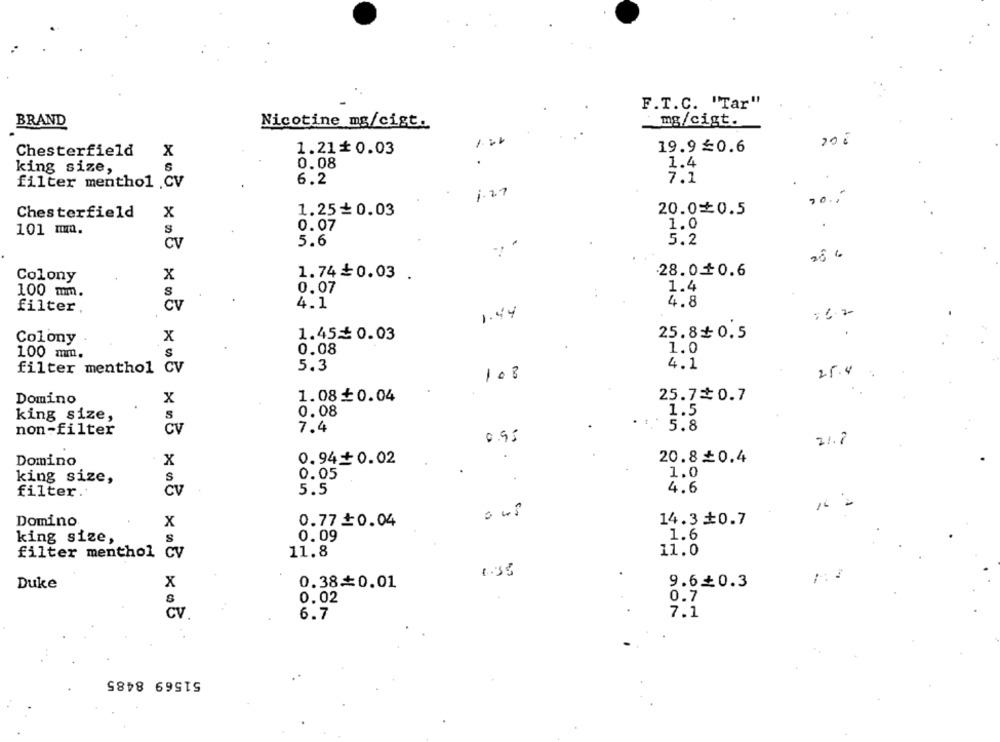
F.T.C. "Tar"
BRAND
Nicotine mg/cist.
mg/cigt.
19.9≤0.6
Chesterfield
X
1.21$0.03
0.08
1.4
king size,
filter menthol .CV
6.2
7.1
1.27
70 .-
Chesterfield
x
1.25+0.03
20.0±0.5
101 mm.
S
0.07
1.0
5.6
.. .
5.2
CV
28 6
28.00.6
Colony
x
1.74₺0.03 .
0,07
1.4
100 mm.
S
4.1
4.8
filter,
CV
1.44
Colony
x
1.45≤ 0.03
25.8+0.5
1.0
100 mm.
0.08
filter menthol CV
5.3
4.1
25.4
108
Domino
X
1.08₺0.04
25.72 0.7
0.08
1.5
king size,
S
non-filter
7.4
5.8
CV
0.95
21.8
0.940.02
20.8₺0.4
Domino
x
0.05
1.0
king size,
5.5
4.6
filter.'
16
Domino
x
0.77 ₺0.04
14.30.7
king size,
0.09
1.6
filter menthol cv
11.8
11.0
Duke
x
0.38+0.01
9.6+0.3
0.02
0.7
Cv
7.1
6.7
51569 8485